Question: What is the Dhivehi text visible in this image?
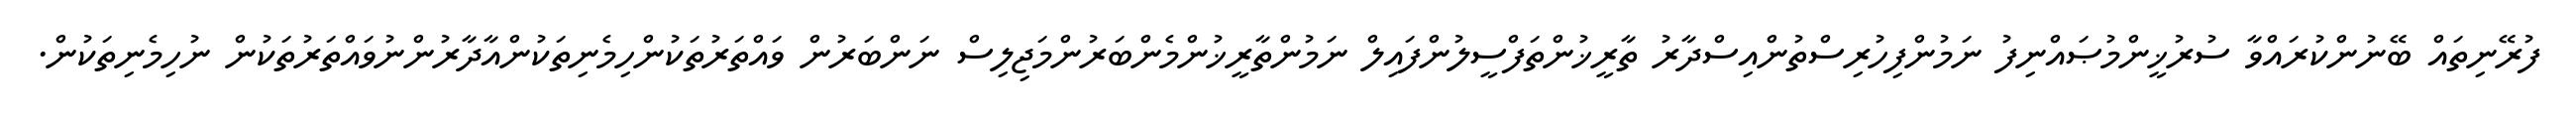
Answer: ފުރޭނިތައް ބޭނުންކުރައްވާ ސުރުޚީންމުޞައްނިފު ނަމުންފިހުރިސްތުންއިސްދާރު ތާރީޚުންތަފްސީލުންފައިލް ނަމުންތާރީޚުންމެންބަރުންމަޖިލިސް ނަންބަރުން ވައްތަރުތަކުންހިމެނިތަކުންއާދާރުންނުވައްތަރުތަކުން ނުހިމެނިތަކުން.